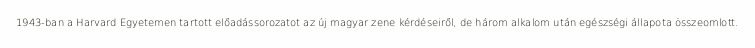
1943-ban a Harvard Egyetemen tartott előadássorozatot az új magyar zene kérdéseiről, de három alkalom után egészségi állapota összeomlott.